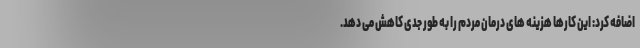
اضافه کرد: این کارها هزینه های درمان مردم را به طور جدی کاهش می دهد.